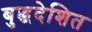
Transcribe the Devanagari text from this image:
बुद्धदेशित